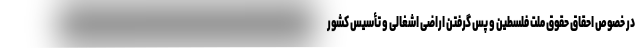
در خصوص احقاق حقوق ملت فلسطین و پس گرفتن اراضی اشغالی و تأسیس کشور